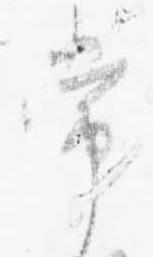
常